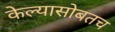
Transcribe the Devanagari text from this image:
केल्यासोबतच